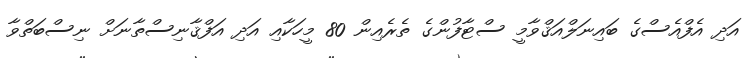
އަދި އެފްއެސްގެ ބައިނަލްއަޤްވާމީ ސްޓާފުންގެ ތެރެއިން 80 މީހަކާއި އަދި އަފްޤާނިސްތާނަށް ނިސްބަތްވާ